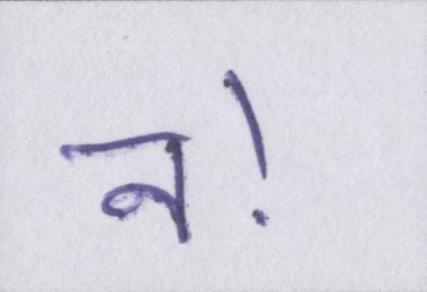
न।